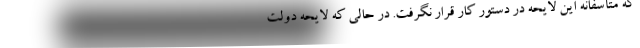
که متأسفانه این لایحه در دستور کار قرار نگرفت. در حالی که لایحه دولت